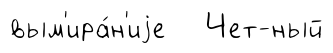
вым'ира́н'иjе Чет-ный